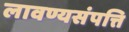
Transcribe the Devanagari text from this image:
लावण्यसंपत्ति